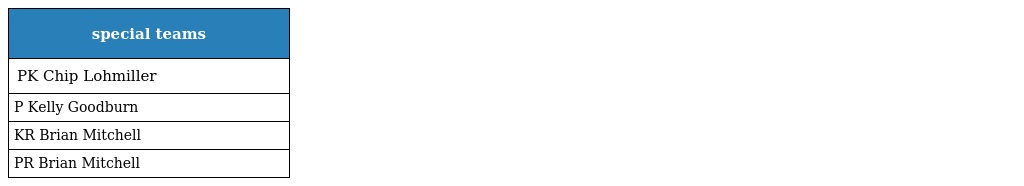
| special teams |
 | --- |
 | PK Chip Lohmiller |
 | P Kelly Goodburn |
 | KR Brian Mitchell |
 | PR Brian Mitchell |